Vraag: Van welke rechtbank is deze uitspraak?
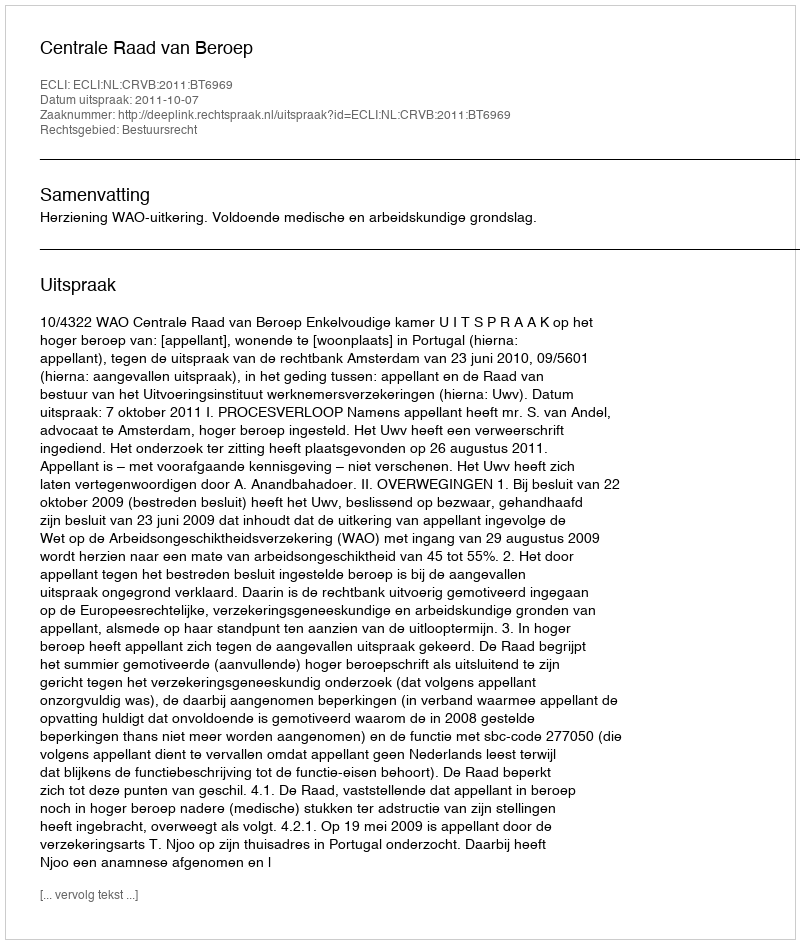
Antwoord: Centrale Raad van Beroep